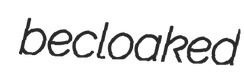
becloaked